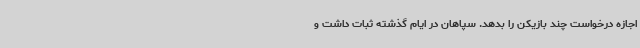
اجازه درخواست چند بازیکن را بدهد. سپاهان در ایام گذشته ثبات داشت و